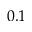
0 . 1